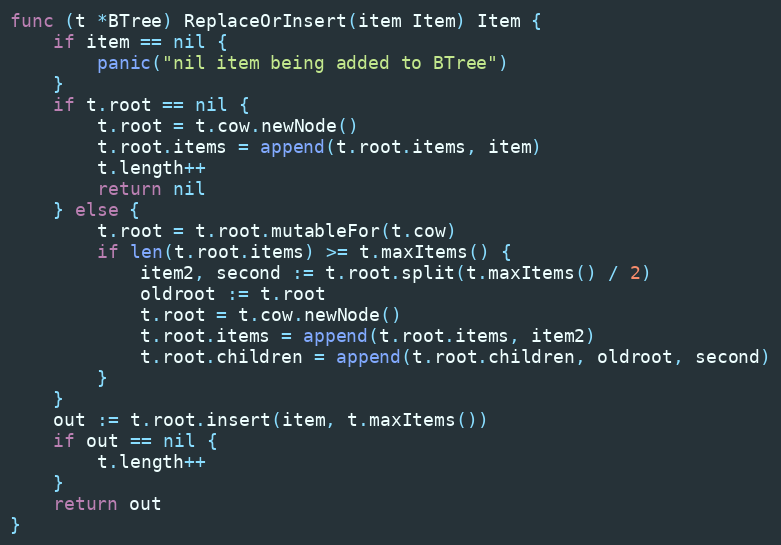
Language: Go
func (t *BTree) ReplaceOrInsert(item Item) Item {
	if item == nil {
		panic("nil item being added to BTree")
	}
	if t.root == nil {
		t.root = t.cow.newNode()
		t.root.items = append(t.root.items, item)
		t.length++
		return nil
	} else {
		t.root = t.root.mutableFor(t.cow)
		if len(t.root.items) >= t.maxItems() {
			item2, second := t.root.split(t.maxItems() / 2)
			oldroot := t.root
			t.root = t.cow.newNode()
			t.root.items = append(t.root.items, item2)
			t.root.children = append(t.root.children, oldroot, second)
		}
	}
	out := t.root.insert(item, t.maxItems())
	if out == nil {
		t.length++
	}
	return out
}